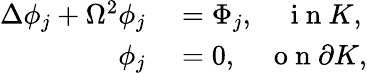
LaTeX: \begin{array}{rl}{\Delta\phi_{j}+\Omega^{2}\phi_{j}}&{{}=\Phi_{j},\quad\mathrm{~i~n~}K,}\\ {\phi_{j}}&{{}=0,\quad\mathrm{~o~n~}\partial K,}\end{array}